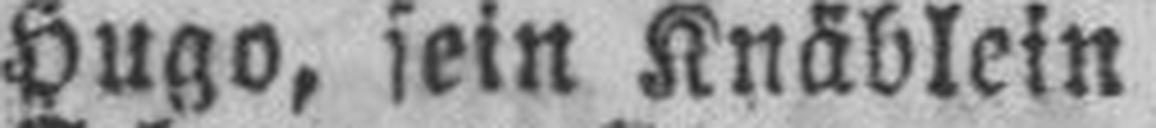
Hugo, sein Knäblein